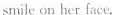
smile on her face.